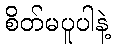
စိတ်မပူပါနဲ့